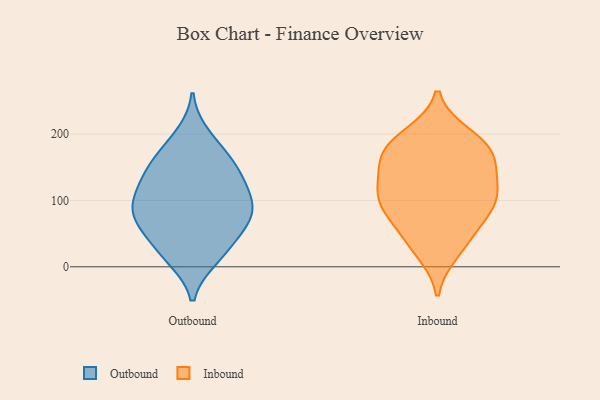
{"axis": {"x": "Budget (USD K)", "y": "Value"}, "legend": ["Inbound", "Outbound"], "data": [{"x": "", "y": 102, "type": "Outbound"}, {"x": "", "y": 62, "type": "Outbound"}, {"x": "", "y": 85, "type": "Outbound"}, {"x": "", "y": 131, "type": "Outbound"}, {"x": "", "y": 43, "type": "Outbound"}, {"x": "", "y": 152, "type": "Outbound"}, {"x": "", "y": 132, "type": "Outbound"}, {"x": "", "y": 127, "type": "Outbound"}, {"x": "", "y": 81, "type": "Outbound"}, {"x": "", "y": 200, "type": "Outbound"}, {"x": "", "y": 164, "type": "Outbound"}, {"x": "", "y": 173, "type": "Outbound"}, {"x": "", "y": 11, "type": "Outbound"}, {"x": "", "y": 12, "type": "Outbound"}, {"x": "", "y": 101, "type": "Outbound"}, {"x": "", "y": 81, "type": "Outbound"}, {"x": "", "y": 37, "type": "Outbound"}, {"x": "", "y": 72, "type": "Outbound"}, {"x": "", "y": 123, "type": "Inbound"}, {"x": "", "y": 107, "type": "Inbound"}, {"x": "", "y": 75, "type": "Inbound"}, {"x": "", "y": 83, "type": "Inbound"}, {"x": "", "y": 94, "type": "Inbound"}, {"x": "", "y": 176, "type": "Inbound"}, {"x": "", "y": 199, "type": "Inbound"}, {"x": "", "y": 22, "type": "Inbound"}, {"x": "", "y": 193, "type": "Inbound"}, {"x": "", "y": 162, "type": "Inbound"}, {"x": "", "y": 33, "type": "Inbound"}, {"x": "", "y": 49, "type": "Inbound"}, {"x": "", "y": 110, "type": "Inbound"}, {"x": "", "y": 184, "type": "Inbound"}, {"x": "", "y": 97, "type": "Inbound"}, {"x": "", "y": 167, "type": "Inbound"}, {"x": "", "y": 150, "type": "Inbound"}, {"x": "", "y": 136, "type": "Inbound"}]}